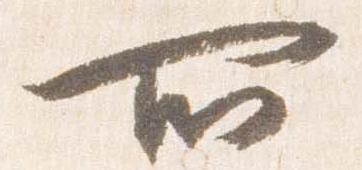
所